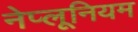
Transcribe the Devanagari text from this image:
नेप्लूनियम